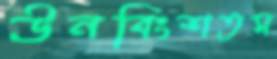
ঊনবিংশতম